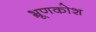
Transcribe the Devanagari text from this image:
भ्रूणकोश